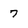
Character: 7